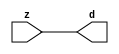

//------> ./rtl_mgc_ioport.v 
//------------------------------------------------------------------
//                M G C _ I O P O R T _ C O M P S
//------------------------------------------------------------------

//------------------------------------------------------------------
//                       M O D U L E S
//------------------------------------------------------------------

//------------------------------------------------------------------
//-- INPUT ENTITIES
//------------------------------------------------------------------

module mgc_in_wire (d, z);

  parameter integer rscid = 1;
  parameter integer width = 8;

  output [width-1:0] d;
  input  [width-1:0] z;

  wire   [width-1:0] d;

  assign d = z;

endmodule

//------------------------------------------------------------------

module mgc_in_wire_en (ld, d, lz, z);

  parameter integer rscid = 1;
  parameter integer width = 8;

  input              ld;
  output [width-1:0] d;
  output             lz;
  input  [width-1:0] z;

  wire   [width-1:0] d;
  wire               lz;

  assign d = z;
  assign lz = ld;

endmodule

//------------------------------------------------------------------

module mgc_in_wire_wait (ld, vd, d, lz, vz, z);

  parameter integer rscid = 1;
  parameter integer width = 8;

  input              ld;
  output             vd;
  output [width-1:0] d;
  output             lz;
  input              vz;
  input  [width-1:0] z;

  wire               vd;
  wire   [width-1:0] d;
  wire               lz;

  assign d = z;
  assign lz = ld;
  assign vd = vz;

endmodule
//------------------------------------------------------------------

module mgc_chan_in (ld, vd, d, lz, vz, z, size, req_size, sizez, sizelz);

  parameter integer rscid = 1;
  parameter integer width = 8;
  parameter integer sz_width = 8;

  input              ld;
  output             vd;
  output [width-1:0] d;
  output             lz;
  input              vz;
  input  [width-1:0] z;
  output [sz_width-1:0] size;
  input              req_size;
  input  [sz_width-1:0] sizez;
  output             sizelz;


  wire               vd;
  wire   [width-1:0] d;
  wire               lz;
  wire   [sz_width-1:0] size;
  wire               sizelz;

  assign d = z;
  assign lz = ld;
  assign vd = vz;
  assign size = sizez;
  assign sizelz = req_size;

endmodule


//------------------------------------------------------------------
//-- OUTPUT ENTITIES
//------------------------------------------------------------------

module mgc_out_stdreg (d, z);

  parameter integer rscid = 1;
  parameter integer width = 8;

  input    [width-1:0] d;
  output   [width-1:0] z;

  wire     [width-1:0] z;

  assign z = d;

endmodule

//------------------------------------------------------------------

module mgc_out_stdreg_en (ld, d, lz, z);

  parameter integer rscid = 1;
  parameter integer width = 8;

  input              ld;
  input  [width-1:0] d;
  output             lz;
  output [width-1:0] z;

  wire               lz;
  wire   [width-1:0] z;

  assign z = d;
  assign lz = ld;

endmodule

//------------------------------------------------------------------

module mgc_out_stdreg_wait (ld, vd, d, lz, vz, z);

  parameter integer rscid = 1;
  parameter integer width = 8;

  input              ld;
  output             vd;
  input  [width-1:0] d;
  output             lz;
  input              vz;
  output [width-1:0] z;

  wire               vd;
  wire               lz;
  wire   [width-1:0] z;

  assign z = d;
  assign lz = ld;
  assign vd = vz;

endmodule

//------------------------------------------------------------------

module mgc_out_prereg_en (ld, d, lz, z);

    parameter integer rscid = 1;
    parameter integer width = 8;

    input              ld;
    input  [width-1:0] d;
    output             lz;
    output [width-1:0] z;

    wire               lz;
    wire   [width-1:0] z;

    assign z = d;
    assign lz = ld;

endmodule

//------------------------------------------------------------------
//-- INOUT ENTITIES
//------------------------------------------------------------------

module mgc_inout_stdreg_en (ldin, din, ldout, dout, lzin, lzout, z);

    parameter integer rscid = 1;
    parameter integer width = 8;

    input              ldin;
    output [width-1:0] din;
    input              ldout;
    input  [width-1:0] dout;
    output             lzin;
    output             lzout;
    inout  [width-1:0] z;

    wire   [width-1:0] din;
    wire               lzin;
    wire               lzout;
    wire   [width-1:0] z;

    assign lzin = ldin;
    assign din = ldin ? z : {width{1'bz}};
    assign lzout = ldout;
    assign z = ldout ? dout : {width{1'bz}};

endmodule

//------------------------------------------------------------------
module hid_tribuf( I_SIG, ENABLE, O_SIG);
  parameter integer width = 8;

  input [width-1:0] I_SIG;
  input ENABLE;
  inout [width-1:0] O_SIG;

  assign O_SIG = (ENABLE) ? I_SIG : { width{1'bz}};

endmodule
//------------------------------------------------------------------

module mgc_inout_stdreg_wait (ldin, vdin, din, ldout, vdout, dout, lzin, vzin, lzout, vzout, z);

    parameter integer rscid = 1;
    parameter integer width = 8;

    input              ldin;
    output             vdin;
    output [width-1:0] din;
    input              ldout;
    output             vdout;
    input  [width-1:0] dout;
    output             lzin;
    input              vzin;
    output             lzout;
    input              vzout;
    inout  [width-1:0] z;

    wire               vdin;
    wire   [width-1:0] din;
    wire               vdout;
    wire               lzin;
    wire               lzout;
    wire   [width-1:0] z;
    wire   ldout_and_vzout;

    assign lzin = ldin;
    assign vdin = vzin;
    assign din = ldin ? z : {width{1'bz}};
    assign lzout = ldout;
    assign vdout = vzout ;
    assign ldout_and_vzout = ldout && vzout ;

    hid_tribuf #(width) tb( .I_SIG(dout),
                            .ENABLE(ldout_and_vzout),
                            .O_SIG(z) );

endmodule

//------------------------------------------------------------------

module mgc_inout_buf_wait (clk, en, arst, srst, ldin, vdin, din, ldout, vdout, dout, lzin, vzin, lzout, vzout, z);

    parameter integer rscid   = 0; // resource ID
    parameter integer width   = 8; // fifo width
    parameter         ph_clk  =  1'b1; // clock polarity 1=rising edge, 0=falling edge
    parameter         ph_en   =  1'b1; // clock enable polarity
    parameter         ph_arst =  1'b1; // async reset polarity
    parameter         ph_srst =  1'b1; // sync reset polarity

    input              clk;
    input              en;
    input              arst;
    input              srst;
    input              ldin;
    output             vdin;
    output [width-1:0] din;
    input              ldout;
    output             vdout;
    input  [width-1:0] dout;
    output             lzin;
    input              vzin;
    output             lzout;
    input              vzout;
    inout  [width-1:0] z;

    wire               lzout_buf;
    wire               vzout_buf;
    wire   [width-1:0] z_buf;
    wire               vdin;
    wire   [width-1:0] din;
    wire               vdout;
    wire               lzin;
    wire               lzout;
    wire   [width-1:0] z;

    assign lzin = ldin;
    assign vdin = vzin;
    assign din = ldin ? z : {width{1'bz}};
    assign lzout = lzout_buf & ~ldin;
    assign vzout_buf = vzout & ~ldin;
    hid_tribuf #(width) tb( .I_SIG(z_buf),
                            .ENABLE((lzout_buf && (!ldin) && vzout) ),
                            .O_SIG(z)  );

    mgc_out_buf_wait
    #(
        .rscid   (rscid),
        .width   (width),
        .ph_clk  (ph_clk),
        .ph_en   (ph_en),
        .ph_arst (ph_arst),
        .ph_srst (ph_srst)
    )
    BUFF
    (
        .clk     (clk),
        .en      (en),
        .arst    (arst),
        .srst    (srst),
        .ld      (ldout),
        .vd      (vdout),
        .d       (dout),
        .lz      (lzout_buf),
        .vz      (vzout_buf),
        .z       (z_buf)
    );


endmodule

module mgc_inout_fifo_wait (clk, en, arst, srst, ldin, vdin, din, ldout, vdout, dout, lzin, vzin, lzout, vzout, z);

    parameter integer rscid   = 0; // resource ID
    parameter integer width   = 8; // fifo width
    parameter integer fifo_sz = 8; // fifo depth
    parameter         ph_clk  = 1'b1;  // clock polarity 1=rising edge, 0=falling edge
    parameter         ph_en   = 1'b1;  // clock enable polarity
    parameter         ph_arst = 1'b1;  // async reset polarity
    parameter         ph_srst = 1'b1;  // sync reset polarity
    parameter integer ph_log2 = 3;     // log2(fifo_sz)
    parameter integer pwropt  = 0;     // pwropt

    input              clk;
    input              en;
    input              arst;
    input              srst;
    input              ldin;
    output             vdin;
    output [width-1:0] din;
    input              ldout;
    output             vdout;
    input  [width-1:0] dout;
    output             lzin;
    input              vzin;
    output             lzout;
    input              vzout;
    inout  [width-1:0] z;

    wire               lzout_buf;
    wire               vzout_buf;
    wire   [width-1:0] z_buf;
    wire               comb;
    wire               vdin;
    wire   [width-1:0] din;
    wire               vdout;
    wire               lzin;
    wire               lzout;
    wire   [width-1:0] z;

    assign lzin = ldin;
    assign vdin = vzin;
    assign din = ldin ? z : {width{1'bz}};
    assign lzout = lzout_buf & ~ldin;
    assign vzout_buf = vzout & ~ldin;
    assign comb = (lzout_buf && (!ldin) && vzout);

    hid_tribuf #(width) tb2( .I_SIG(z_buf), .ENABLE(comb), .O_SIG(z)  );

    mgc_out_fifo_wait
    #(
        .rscid   (rscid),
        .width   (width),
        .fifo_sz (fifo_sz),
        .ph_clk  (ph_clk),
        .ph_en   (ph_en),
        .ph_arst (ph_arst),
        .ph_srst (ph_srst),
        .ph_log2 (ph_log2),
        .pwropt  (pwropt)
    )
    FIFO
    (
        .clk   (clk),
        .en      (en),
        .arst    (arst),
        .srst    (srst),
        .ld      (ldout),
        .vd      (vdout),
        .d       (dout),
        .lz      (lzout_buf),
        .vz      (vzout_buf),
        .z       (z_buf)
    );

endmodule

//------------------------------------------------------------------
//-- I/O SYNCHRONIZATION ENTITIES
//------------------------------------------------------------------

module mgc_io_sync (ld, lz);

    input  ld;
    output lz;

    assign lz = ld;

endmodule

module mgc_bsync_rdy (rd, rz);

    parameter integer rscid   = 0; // resource ID
    parameter ready = 1;
    parameter valid = 0;

    input  rd;
    output rz;

    wire   rz;

    assign rz = rd;

endmodule

module mgc_bsync_vld (vd, vz);

    parameter integer rscid   = 0; // resource ID
    parameter ready = 0;
    parameter valid = 1;

    output vd;
    input  vz;

    wire   vd;

    assign vd = vz;

endmodule

module mgc_bsync_rv (rd, vd, rz, vz);

    parameter integer rscid   = 0; // resource ID
    parameter ready = 1;
    parameter valid = 1;

    input  rd;
    output vd;
    output rz;
    input  vz;

    wire   vd;
    wire   rz;

    assign rz = rd;
    assign vd = vz;

endmodule

//------------------------------------------------------------------

module mgc_sync (ldin, vdin, ldout, vdout);

  input  ldin;
  output vdin;
  input  ldout;
  output vdout;

  wire   vdin;
  wire   vdout;

  assign vdin = ldout;
  assign vdout = ldin;

endmodule

///////////////////////////////////////////////////////////////////////////////
// dummy function used to preserve funccalls for modulario
// it looks like a memory read to the caller
///////////////////////////////////////////////////////////////////////////////
module funccall_inout (d, ad, bd, z, az, bz);

  parameter integer ram_id = 1;
  parameter integer width = 8;
  parameter integer addr_width = 8;

  output [width-1:0]       d;
  input  [addr_width-1:0]  ad;
  input                    bd;
  input  [width-1:0]       z;
  output [addr_width-1:0]  az;
  output                   bz;

  wire   [width-1:0]       d;
  wire   [addr_width-1:0]  az;
  wire                     bz;

  assign d  = z;
  assign az = ad;
  assign bz = bd;

endmodule


///////////////////////////////////////////////////////////////////////////////
// inlinable modular io not otherwise found in mgc_ioport
///////////////////////////////////////////////////////////////////////////////

module modulario_en_in (vd, d, vz, z);

  parameter integer rscid = 1;
  parameter integer width = 8;

  output             vd;
  output [width-1:0] d;
  input              vz;
  input  [width-1:0] z;

  wire   [width-1:0] d;
  wire               vd;

  assign d = z;
  assign vd = vz;

endmodule

//------> ./rtl_mgc_ioport_v2001.v 
//------------------------------------------------------------------

module mgc_out_reg_pos (clk, en, arst, srst, ld, d, lz, z);

    parameter integer rscid   = 1;
    parameter integer width   = 8;
    parameter         ph_en   =  1'b1;
    parameter         ph_arst =  1'b1;
    parameter         ph_srst =  1'b1;

    input              clk;
    input              en;
    input              arst;
    input              srst;
    input              ld;
    input  [width-1:0] d;
    output             lz;
    output [width-1:0] z;

    reg                lz;
    reg    [width-1:0] z;

    generate
    if (ph_arst == 1'b0)
    begin: NEG_ARST
        always @(posedge clk or negedge arst)
        if (arst == 1'b0)
        begin: B1
            lz <= 1'b0;
            z  <= {width{1'b0}};
        end
        else if (srst == ph_srst)
        begin: B2
            lz <= 1'b0;
            z  <= {width{1'b0}};
        end
        else if (en == ph_en)
        begin: B3
            lz <= ld;
            z  <= (ld) ? d : z;
        end
    end
    else
    begin: POS_ARST
        always @(posedge clk or posedge arst)
        if (arst == 1'b1)
        begin: B1
            lz <= 1'b0;
            z  <= {width{1'b0}};
        end
        else if (srst == ph_srst)
        begin: B2
            lz <= 1'b0;
            z  <= {width{1'b0}};
        end
        else if (en == ph_en)
        begin: B3
            lz <= ld;
            z  <= (ld) ? d : z;
        end
    end
    endgenerate

endmodule

//------------------------------------------------------------------

module mgc_out_reg_neg (clk, en, arst, srst, ld, d, lz, z);

    parameter integer rscid   = 1;
    parameter integer width   = 8;
    parameter         ph_en   =  1'b1;
    parameter         ph_arst =  1'b1;
    parameter         ph_srst =  1'b1;

    input              clk;
    input              en;
    input              arst;
    input              srst;
    input              ld;
    input  [width-1:0] d;
    output             lz;
    output [width-1:0] z;

    reg                lz;
    reg    [width-1:0] z;

    generate
    if (ph_arst == 1'b0)
    begin: NEG_ARST
        always @(negedge clk or negedge arst)
        if (arst == 1'b0)
        begin: B1
            lz <= 1'b0;
            z  <= {width{1'b0}};
        end
        else if (srst == ph_srst)
        begin: B2
            lz <= 1'b0;
            z  <= {width{1'b0}};
        end
        else if (en == ph_en)
        begin: B3
            lz <= ld;
            z  <= (ld) ? d : z;
        end
    end
    else
    begin: POS_ARST
        always @(negedge clk or posedge arst)
        if (arst == 1'b1)
        begin: B1
            lz <= 1'b0;
            z  <= {width{1'b0}};
        end
        else if (srst == ph_srst)
        begin: B2
            lz <= 1'b0;
            z  <= {width{1'b0}};
        end
        else if (en == ph_en)
        begin: B3
            lz <= ld;
            z  <= (ld) ? d : z;
        end
    end
    endgenerate

endmodule

//------------------------------------------------------------------

module mgc_out_reg (clk, en, arst, srst, ld, d, lz, z); // Not Supported

    parameter integer rscid   = 1;
    parameter integer width   = 8;
    parameter         ph_clk  =  1'b1;
    parameter         ph_en   =  1'b1;
    parameter         ph_arst =  1'b1;
    parameter         ph_srst =  1'b1;

    input              clk;
    input              en;
    input              arst;
    input              srst;
    input              ld;
    input  [width-1:0] d;
    output             lz;
    output [width-1:0] z;


    generate
    if (ph_clk == 1'b0)
    begin: NEG_EDGE

        mgc_out_reg_neg
        #(
            .rscid   (rscid),
            .width   (width),
            .ph_en   (ph_en),
            .ph_arst (ph_arst),
            .ph_srst (ph_srst)
        )
        mgc_out_reg_neg_inst
        (
            .clk     (clk),
            .en      (en),
            .arst    (arst),
            .srst    (srst),
            .ld      (ld),
            .d       (d),
            .lz      (lz),
            .z       (z)
        );

    end
    else
    begin: POS_EDGE

        mgc_out_reg_pos
        #(
            .rscid   (rscid),
            .width   (width),
            .ph_en   (ph_en),
            .ph_arst (ph_arst),
            .ph_srst (ph_srst)
        )
        mgc_out_reg_pos_inst
        (
            .clk     (clk),
            .en      (en),
            .arst    (arst),
            .srst    (srst),
            .ld      (ld),
            .d       (d),
            .lz      (lz),
            .z       (z)
        );

    end
    endgenerate

endmodule




//------------------------------------------------------------------

module mgc_out_buf_wait (clk, en, arst, srst, ld, vd, d, vz, lz, z); // Not supported

    parameter integer rscid   = 1;
    parameter integer width   = 8;
    parameter         ph_clk  =  1'b1;
    parameter         ph_en   =  1'b1;
    parameter         ph_arst =  1'b1;
    parameter         ph_srst =  1'b1;

    input              clk;
    input              en;
    input              arst;
    input              srst;
    input              ld;
    output             vd;
    input  [width-1:0] d;
    output             lz;
    input              vz;
    output [width-1:0] z;

    wire               filled;
    wire               filled_next;
    wire   [width-1:0] abuf;
    wire               lbuf;


    assign filled_next = (filled & (~vz)) | (filled & ld) | (ld & (~vz));

    assign lbuf = ld & ~(filled ^ vz);

    assign vd = vz | ~filled;

    assign lz = ld | filled;

    assign z = (filled) ? abuf : d;

    wire dummy;
    wire dummy_bufreg_lz;

    // Output registers:
    mgc_out_reg
    #(
        .rscid   (rscid),
        .width   (1'b1),
        .ph_clk  (ph_clk),
        .ph_en   (ph_en),
        .ph_arst (ph_arst),
        .ph_srst (ph_srst)
    )
    STATREG
    (
        .clk     (clk),
        .en      (en),
        .arst    (arst),
        .srst    (srst),
        .ld      (filled_next),
        .d       (1'b0),       // input d is unused
        .lz      (filled),
        .z       (dummy)            // output z is unused
    );

    mgc_out_reg
    #(
        .rscid   (rscid),
        .width   (width),
        .ph_clk  (ph_clk),
        .ph_en   (ph_en),
        .ph_arst (ph_arst),
        .ph_srst (ph_srst)
    )
    BUFREG
    (
        .clk     (clk),
        .en      (en),
        .arst    (arst),
        .srst    (srst),
        .ld      (lbuf),
        .d       (d),
        .lz      (dummy_bufreg_lz),
        .z       (abuf)
    );

endmodule

//------------------------------------------------------------------

module mgc_out_fifo_wait (clk, en, arst, srst, ld, vd, d, lz, vz,  z);

    parameter integer rscid   = 0; // resource ID
    parameter integer width   = 8; // fifo width
    parameter integer fifo_sz = 8; // fifo depth
    parameter         ph_clk  = 1'b1; // clock polarity 1=rising edge, 0=falling edge
    parameter         ph_en   = 1'b1; // clock enable polarity
    parameter         ph_arst = 1'b1; // async reset polarity
    parameter         ph_srst = 1'b1; // sync reset polarity
    parameter integer ph_log2 = 3; // log2(fifo_sz)
    parameter integer pwropt  = 0; // pwropt


    input                 clk;
    input                 en;
    input                 arst;
    input                 srst;
    input                 ld;    // load data
    output                vd;    // fifo full active low
    input     [width-1:0] d;
    output                lz;    // fifo ready to send
    input                 vz;    // dest ready for data
    output    [width-1:0] z;

    wire    [31:0]      size;


      // Output registers:
 mgc_out_fifo_wait_core#(
        .rscid   (rscid),
        .width   (width),
        .sz_width (32),
        .fifo_sz (fifo_sz),
        .ph_clk  (ph_clk),
        .ph_en   (ph_en),
        .ph_arst (ph_arst),
        .ph_srst (ph_srst),
        .ph_log2 (ph_log2),
        .pwropt  (pwropt)
        ) CORE (
        .clk (clk),
        .en (en),
        .arst (arst),
        .srst (srst),
        .ld (ld),
        .vd (vd),
        .d (d),
        .lz (lz),
        .vz (vz),
        .z (z),
        .size (size)
        );

endmodule



module mgc_out_fifo_wait_core (clk, en, arst, srst, ld, vd, d, lz, vz,  z, size);

    parameter integer rscid   = 0; // resource ID
    parameter integer width   = 8; // fifo width
    parameter integer sz_width = 8; // size of port for elements in fifo
    parameter integer fifo_sz = 8; // fifo depth
    parameter         ph_clk  =  1'b1; // clock polarity 1=rising edge, 0=falling edge
    parameter         ph_en   =  1'b1; // clock enable polarity
    parameter         ph_arst =  1'b1; // async reset polarity
    parameter         ph_srst =  1'b1; // sync reset polarity
    parameter integer ph_log2 = 3; // log2(fifo_sz)
    parameter integer pwropt  = 0; // pwropt

   localparam integer  fifo_b = width * fifo_sz;

    input                 clk;
    input                 en;
    input                 arst;
    input                 srst;
    input                 ld;    // load data
    output                vd;    // fifo full active low
    input     [width-1:0] d;
    output                lz;    // fifo ready to send
    input                 vz;    // dest ready for data
    output    [width-1:0] z;
    output    [sz_width-1:0]      size;

    reg      [( (fifo_sz > 0) ? fifo_sz : 1)-1:0] stat_pre;
    wire     [( (fifo_sz > 0) ? fifo_sz : 1)-1:0] stat;
    reg      [( (fifo_b > 0) ? fifo_b : 1)-1:0] buff_pre;
    wire     [( (fifo_b > 0) ? fifo_b : 1)-1:0] buff;
    reg      [( (fifo_sz > 0) ? fifo_sz : 1)-1:0] en_l;
    reg      [(((fifo_sz > 0) ? fifo_sz : 1)-1)/8:0] en_l_s;

    reg       [width-1:0] buff_nxt;

    reg                   stat_nxt;
    reg                   stat_before;
    reg                   stat_after;
    reg                   en_l_var;

    integer               i;
    genvar                eni;

    wire [32:0]           size_t;
    reg [31:0]            count;
    reg [31:0]            count_t;
    reg [32:0]            n_elem;
// pragma translate_off
    reg [31:0]            peak;
// pragma translate_on

    wire [( (fifo_sz > 0) ? fifo_sz : 1)-1:0] dummy_statreg_lz;
    wire [( (fifo_b > 0) ? fifo_b : 1)-1:0] dummy_bufreg_lz;

    generate
    if ( fifo_sz > 0 )
    begin: FIFO_REG
      assign vd = vz | ~stat[0];
      assign lz = ld | stat[fifo_sz-1];
      assign size_t = (count - (vz && stat[fifo_sz-1])) + ld;
      assign size = size_t[sz_width-1:0];
      assign z = (stat[fifo_sz-1]) ? buff[fifo_b-1:width*(fifo_sz-1)] : d;

      always @(*)
      begin: FIFOPROC
        n_elem = 33'b0;
        for (i = fifo_sz-1; i >= 0; i = i - 1)
        begin
          if (i != 0)
            stat_before = stat[i-1];
          else
            stat_before = 1'b0;

          if (i != (fifo_sz-1))
            stat_after = stat[i+1];
          else
            stat_after = 1'b1;

          stat_nxt = stat_after &
                    (stat_before | (stat[i] & (~vz)) | (stat[i] & ld) | (ld & (~vz)));

          stat_pre[i] = stat_nxt;
          en_l_var = 1'b1;
          if (!stat_nxt)
            begin
              buff_nxt = {width{1'b0}};
              en_l_var = 1'b0;
            end
          else if (vz && stat_before)
            buff_nxt[0+:width] = buff[width*(i-1)+:width];
          else if (ld && !((vz && stat_before) || ((!vz) && stat[i])))
            buff_nxt = d;
          else
            begin
              if (pwropt == 0)
                buff_nxt[0+:width] = buff[width*i+:width];
              else
                buff_nxt = {width{1'b0}};
              en_l_var = 1'b0;
            end

          if (ph_en != 0)
            en_l[i] = en & en_l_var;
          else
            en_l[i] = en | ~en_l_var;

          buff_pre[width*i+:width] = buff_nxt[0+:width];

          if ((stat_after == 1'b1) && (stat[i] == 1'b0))
            n_elem = ($unsigned(fifo_sz) - 1) - i;
        end

        if (ph_en != 0)
          en_l_s[(((fifo_sz > 0) ? fifo_sz : 1)-1)/8] = 1'b1;
        else
          en_l_s[(((fifo_sz > 0) ? fifo_sz : 1)-1)/8] = 1'b0;

        for (i = fifo_sz-1; i >= 7; i = i - 1)
        begin
          if ((i%'d2) == 0)
          begin
            if (ph_en != 0)
              en_l_s[(i/8)-1] = en & (stat[i]|stat_pre[i-1]);
            else
              en_l_s[(i/8)-1] = en | ~(stat[i]|stat_pre[i-1]);
          end
        end

        if ( stat[fifo_sz-1] == 1'b0 )
          count_t = 32'b0;
        else if ( stat[0] == 1'b1 )
          count_t = { {(32-ph_log2){1'b0}}, fifo_sz};
        else
          count_t = n_elem[31:0];
        count = count_t;
// pragma translate_off
        if ( peak < count )
          peak = count;
// pragma translate_on
      end

      if (pwropt == 0)
      begin: NOCGFIFO
        // Output registers:
        mgc_out_reg
        #(
            .rscid   (rscid),
            .width   (fifo_sz),
            .ph_clk  (ph_clk),
            .ph_en   (ph_en),
            .ph_arst (ph_arst),
            .ph_srst (ph_srst)
        )
        STATREG
        (
            .clk     (clk),
            .en      (en),
            .arst    (arst),
            .srst    (srst),
            .ld      (1'b1),
            .d       (stat_pre),
            .lz      (dummy_statreg_lz[0]),
            .z       (stat)
        );
        mgc_out_reg
        #(
            .rscid   (rscid),
            .width   (fifo_b),
            .ph_clk  (ph_clk),
            .ph_en   (ph_en),
            .ph_arst (ph_arst),
            .ph_srst (ph_srst)
        )
        BUFREG
        (
            .clk     (clk),
            .en      (en),
            .arst    (arst),
            .srst    (srst),
            .ld      (1'b1),
            .d       (buff_pre),
            .lz      (dummy_bufreg_lz[0]),
            .z       (buff)
        );
      end
      else
      begin: CGFIFO
        // Output registers:
        if ( pwropt > 1)
        begin: CGSTATFIFO2
          for (eni = fifo_sz-1; eni >= 0; eni = eni - 1)
          begin: pwroptGEN1
            mgc_out_reg
            #(
              .rscid   (rscid),
              .width   (1),
              .ph_clk  (ph_clk),
              .ph_en   (ph_en),
              .ph_arst (ph_arst),
              .ph_srst (ph_srst)
            )
            STATREG
            (
              .clk     (clk),
              .en      (en_l_s[eni/8]),
              .arst    (arst),
              .srst    (srst),
              .ld      (1'b1),
              .d       (stat_pre[eni]),
              .lz      (dummy_statreg_lz[eni]),
              .z       (stat[eni])
            );
          end
        end
        else
        begin: CGSTATFIFO
          mgc_out_reg
          #(
            .rscid   (rscid),
            .width   (fifo_sz),
            .ph_clk  (ph_clk),
            .ph_en   (ph_en),
            .ph_arst (ph_arst),
            .ph_srst (ph_srst)
          )
          STATREG
          (
            .clk     (clk),
            .en      (en),
            .arst    (arst),
            .srst    (srst),
            .ld      (1'b1),
            .d       (stat_pre),
            .lz      (dummy_statreg_lz[0]),
            .z       (stat)
          );
        end
        for (eni = fifo_sz-1; eni >= 0; eni = eni - 1)
        begin: pwroptGEN2
          mgc_out_reg
          #(
            .rscid   (rscid),
            .width   (width),
            .ph_clk  (ph_clk),
            .ph_en   (ph_en),
            .ph_arst (ph_arst),
            .ph_srst (ph_srst)
          )
          BUFREG
          (
            .clk     (clk),
            .en      (en_l[eni]),
            .arst    (arst),
            .srst    (srst),
            .ld      (1'b1),
            .d       (buff_pre[width*eni+:width]),
            .lz      (dummy_bufreg_lz[eni]),
            .z       (buff[width*eni+:width])
          );
        end
      end
    end
    else
    begin: FEED_THRU
      assign vd = vz;
      assign lz = ld;
      assign z = d;
      assign size = ld && !vz;
    end
    endgenerate

endmodule

//------------------------------------------------------------------
//-- PIPE ENTITIES
//------------------------------------------------------------------
/*
 *
 *             _______________________________________________
 * WRITER    |                                               |          READER
 *           |           MGC_PIPE                            |
 *           |           __________________________          |
 *        --<| vdout  --<| vd ---------------  vz<|-----ldin<|---
 *           |           |      FIFO              |          |
 *        ---|>ldout  ---|>ld ---------------- lz |> ---vdin |>--
 *        ---|>dout -----|>d  ---------------- dz |> ----din |>--
 *           |           |________________________|          |
 *           |_______________________________________________|
 */
// two clock pipe
module mgc_pipe (clk, en, arst, srst, ldin, vdin, din, ldout, vdout, dout, size, req_size);

    parameter integer rscid   = 0; // resource ID
    parameter integer width   = 8; // fifo width
    parameter integer sz_width = 8; // width of size of elements in fifo
    parameter integer fifo_sz = 8; // fifo depth
    parameter integer log2_sz = 3; // log2(fifo_sz)
    parameter         ph_clk  = 1'b1;  // clock polarity 1=rising edge, 0=falling edge
    parameter         ph_en   = 1'b1;  // clock enable polarity
    parameter         ph_arst = 1'b1;  // async reset polarity
    parameter         ph_srst = 1'b1;  // sync reset polarity
    parameter integer pwropt  = 0; // pwropt

    input              clk;
    input              en;
    input              arst;
    input              srst;
    input              ldin;
    output             vdin;
    output [width-1:0] din;
    input              ldout;
    output             vdout;
    input  [width-1:0] dout;
    output [sz_width-1:0]      size;
    input              req_size;


    mgc_out_fifo_wait_core
    #(
        .rscid    (rscid),
        .width    (width),
        .sz_width (sz_width),
        .fifo_sz  (fifo_sz),
        .ph_clk   (ph_clk),
        .ph_en    (ph_en),
        .ph_arst  (ph_arst),
        .ph_srst  (ph_srst),
        .ph_log2  (log2_sz),
        .pwropt   (pwropt)
    )
    FIFO
    (
        .clk     (clk),
        .en      (en),
        .arst    (arst),
        .srst    (srst),
        .ld      (ldout),
        .vd      (vdout),
        .d       (dout),
        .lz      (vdin),
        .vz      (ldin),
        .z       (din),
        .size    (size)
    );

endmodule


//------> ./rtl.v 
// ----------------------------------------------------------------------
//  HLS HDL:        Verilog Netlister
//  HLS Version:    2011a.126 Production Release
//  HLS Date:       Wed Aug  8 00:52:07 PDT 2012
// 
//  Generated by:   gsp14@EEWS305-036
//  Generated date: Sat May 07 13:53:15 2016
// ----------------------------------------------------------------------

// 
// ------------------------------------------------------------------
//  Design Unit:    gauss_blur_core
// ------------------------------------------------------------------


module gauss_blur_core (
  vin, vga_xy, clk, en, arst_n, vout_rsc_mgc_out_stdreg_d, volume_rsc_mgc_out_stdreg_d
);
  input [89:0] vin;
  input [19:0] vga_xy;
  input clk;
  input en;
  input arst_n;
  output [29:0] vout_rsc_mgc_out_stdreg_d;
  reg [29:0] vout_rsc_mgc_out_stdreg_d;
  output [3:0] volume_rsc_mgc_out_stdreg_d;
  reg [3:0] volume_rsc_mgc_out_stdreg_d;


  // Interconnect Declarations
  wire or_dcpl_3;
  reg [25:0] regs_regs_0_sg1_sva;
  reg [3:0] acc_13_1_sva;
  reg [9:0] blue_xy_0_sva;
  reg [9:0] blue_xy_1_sva;
  reg [3:0] volume_previous_sva;
  reg land_11_lpi_1_dfm_1;
  reg [3:0] volume_current_sva_1;
  reg [4:0] acc_11_cse_sva_1;
  reg [1:0] or_4_itm_1;
  reg [3:0] or_3_itm_1;
  reg [9:0] regs_regs_slc_regs_regs_2_sg1_itm_1;
  reg [1:0] or_5_itm_1;
  reg [3:0] or_6_itm_1;
  reg [3:0] or_7_itm_1;
  reg main_stage_0_2;
  reg main_stage_0_3;
  wire [3:0] acc_13_1_sva_dfm_1_mx0;
  wire [9:0] blue_xy_1_sva_dfm_2_mx0;
  wire [25:0] regs_regs_1_sg1_sva_mx0;
  wire [9:0] blue_xy_1_sva_dfm;
  wire [9:0] blue_xy_0_sva_dfm;
  reg reg_deltay_square_blue_acc_psp_sva_tmp;
  wire or_15_cse;
  wire and_6_cse;
  wire [11:0] deltay_square_blue_acc_1_itm;
  wire [12:0] nl_deltay_square_blue_acc_1_itm;
  wire [10:0] aif_45_acc_itm;
  wire [11:0] nl_aif_45_acc_itm;
  wire [11:0] deltax_square_blue_acc_1_itm;
  wire [12:0] nl_deltax_square_blue_acc_1_itm;
  wire [25:0] regs_regs_0_sg1_sva_mx0;
  wire [3:0] volume_previous_sva_mx0;
  wire [3:0] volume_current_sva;
  wire [4:0] nl_volume_current_sva;
  wire land_11_lpi_1_dfm;
  wire [3:0] acc_13_1_sva_dfm;
  wire [9:0] blue_xy_0_sva_dfm_2_mx0;
  wire [3:0] if_3_acc_svs;
  wire [4:0] nl_if_3_acc_svs;
  wire [3:0] if_3_acc_1_psp_sva;
  wire [4:0] nl_if_3_acc_1_psp_sva;
  wire [5:0] acc_imod_sva;
  wire [6:0] nl_acc_imod_sva;
  wire land_13_lpi_1_dfm;
  wire [6:0] conc_imod_sg1_sva;
  wire [8:0] nl_conc_imod_sg1_sva;
  wire [5:0] conc_imod_1_sg1_sva;
  wire [6:0] nl_conc_imod_1_sg1_sva;
  wire [10:0] acc_9_psp_sva;
  wire [11:0] nl_acc_9_psp_sva;
  wire mux_11_itm;
  wire nand_itm;


  // Interconnect Declarations for Component Instantiations 
  assign and_6_cse = (~ or_15_cse) & main_stage_0_2;
  assign regs_regs_0_sg1_sva_mx0 = MUX_v_26_2_2({regs_regs_0_sg1_sva , (vin[29:4])},
      main_stage_0_3);
  assign regs_regs_1_sg1_sva_mx0 = regs_regs_0_sg1_sva_mx0 & ({{25{main_stage_0_2}},
      main_stage_0_2});
  assign or_15_cse = (readslicef_5_1_4((conv_s2u_4_5(acc_11_cse_sva_1[4:1]) + 5'b1)))
      | (readslicef_6_1_5((conv_s2s_5_6(~ acc_11_cse_sva_1) + 6'b11)));
  assign volume_previous_sva_mx0 = MUX_v_4_2_2({volume_previous_sva , volume_current_sva_1},
      and_6_cse);
  assign nl_volume_current_sva = conv_s2u_3_4(readslicef_4_3_1((conv_u2s_3_4({(readslicef_3_2_1((conv_u2u_2_3({(conc_imod_sg1_sva[5])
      , 1'b1}) + conv_u2u_2_3({(~ (conc_imod_sg1_sva[6])) , (~((conc_imod_1_sg1_sva[5])
      & (~ (acc_9_psp_sva[10]))))})))) , 1'b1}) + conv_s2s_3_4({1'b1 , (acc_9_psp_sva[7])
      , ((acc_9_psp_sva[10]) & (~ (conc_imod_1_sg1_sva[5])) & ((conc_imod_1_sg1_sva[4])
      | (conc_imod_1_sg1_sva[3]) | (conc_imod_1_sg1_sva[2]) | (conc_imod_1_sg1_sva[1])
      | (conc_imod_1_sg1_sva[0]) | (acc_9_psp_sva[1]) | (acc_9_psp_sva[0])))}))))
      + conv_s2u_3_4(acc_9_psp_sva[10:8]);
  assign volume_current_sva = nl_volume_current_sva[3:0];
  assign land_11_lpi_1_dfm = ~((readslicef_11_1_10((({1'b1 , (~ (vga_xy[19:10]))})
      + 11'b101001))) | (readslicef_11_1_10((({1'b1 , (~ (vga_xy[9:0]))}) + 11'b101001))));
  assign acc_13_1_sva_dfm_1_mx0 = MUX_v_4_2_2({(acc_13_1_sva_dfm + 4'b1) , acc_13_1_sva_dfm},
      (readslicef_11_1_10((({1'b1 , (~ (regs_regs_1_sg1_sva_mx0[19:10]))}) + 11'b101000001)))
      | (readslicef_8_1_7((conv_u2u_7_8(regs_regs_1_sg1_sva_mx0[9:3]) + 8'b11010011)))
      | (readslicef_10_1_9(((~ (regs_regs_1_sg1_sva_mx0[9:0])) + 10'b1011010001))));
  assign acc_13_1_sva_dfm = acc_13_1_sva & (signext_4_1((if_3_acc_svs[3]) | (if_3_acc_svs[2])
      | (if_3_acc_svs[1]) | (if_3_acc_svs[0])));
  assign blue_xy_1_sva_dfm_2_mx0 = MUX_v_10_2_2({(vga_xy[19:10]) , blue_xy_1_sva_dfm},
      or_dcpl_3);
  assign blue_xy_0_sva_dfm_2_mx0 = MUX_v_10_2_2({(vga_xy[9:0]) , blue_xy_0_sva_dfm},
      or_dcpl_3);
  assign blue_xy_1_sva_dfm = blue_xy_1_sva & ({{9{nand_itm}}, nand_itm});
  assign blue_xy_0_sva_dfm = blue_xy_0_sva & ({{9{nand_itm}}, nand_itm});
  assign nl_deltay_square_blue_acc_1_itm = ({1'b1 , (vga_xy[19:10]) , 1'b1}) + conv_u2s_11_12({(~
      blue_xy_1_sva_dfm_2_mx0) , 1'b1});
  assign deltay_square_blue_acc_1_itm = nl_deltay_square_blue_acc_1_itm[11:0];
  assign mux_11_itm = MUX_s_1_2_2({(deltay_square_blue_acc_1_itm[11]) , reg_deltay_square_blue_acc_psp_sva_tmp},
      (deltax_square_blue_acc_1_itm[11]) | (aif_45_acc_itm[10]));
  assign nl_aif_45_acc_itm = ({1'b1 , (~ (deltax_square_blue_acc_1_itm[10:1]))})
      + 11'b101001;
  assign aif_45_acc_itm = nl_aif_45_acc_itm[10:0];
  assign nl_deltax_square_blue_acc_1_itm = ({1'b1 , (vga_xy[9:0]) , 1'b1}) + conv_u2s_11_12({(~
      blue_xy_0_sva_dfm_2_mx0) , 1'b1});
  assign deltax_square_blue_acc_1_itm = nl_deltax_square_blue_acc_1_itm[11:0];
  assign nl_if_3_acc_svs = conv_s2u_1_4(if_3_acc_1_psp_sva[3]) + if_3_acc_1_psp_sva;
  assign if_3_acc_svs = nl_if_3_acc_svs[3:0];
  assign nl_if_3_acc_1_psp_sva = (readslicef_5_4_1((({(~ (acc_imod_sva[3])) , 4'b1})
      + conv_s2u_3_5(acc_imod_sva[5:3])))) + ({1'b1 , (acc_imod_sva[2:0])});
  assign if_3_acc_1_psp_sva = nl_if_3_acc_1_psp_sva[3:0];
  assign nl_acc_imod_sva = conv_s2s_5_6(({3'b100 , (vga_xy[9:8])}) + conv_u2s_4_5(readslicef_5_4_1((conv_u2u_4_5({(vga_xy[2:0])
      , 1'b1}) + conv_u2u_4_5(vga_xy[6:3]))))) + conv_u2s_5_6({(conv_u2u_1_2(~ (vga_xy[3]))
      + conv_u2u_1_2(~ (vga_xy[7]))) , 2'b0 , (readslicef_2_1_1((conv_u2u_1_2(vga_xy[7])
      + 2'b1)))});
  assign acc_imod_sva = nl_acc_imod_sva[5:0];
  assign land_13_lpi_1_dfm = ~((readslicef_11_1_10((({1'b1 , (~ (deltay_square_blue_acc_1_itm[10:1]))})
      + 11'b101001))) | mux_11_itm | (aif_45_acc_itm[10]) | (deltax_square_blue_acc_1_itm[11]));
  assign nl_conc_imod_sg1_sva = (conv_u2s_6_7({(conv_u2u_2_3(acc_9_psp_sva[9:8])
      + conv_u2u_2_3({(acc_9_psp_sva[10]) , (acc_9_psp_sva[10])})) , (acc_9_psp_sva[10:8])})
      + conv_s2s_6_7({(acc_9_psp_sva[7]) , 1'b0 , (acc_9_psp_sva[7]) , 2'b0 , (acc_9_psp_sva[7])}))
      + ({(acc_9_psp_sva[10]) , 1'b0 , (acc_9_psp_sva[6:2])});
  assign conc_imod_sg1_sva = nl_conc_imod_sg1_sva[6:0];
  assign nl_conc_imod_1_sg1_sva = (readslicef_7_6_1((conv_s2s_6_7({1'b1 , (~ (conc_imod_sg1_sva[6]))
      , 2'b11 , (~ (conc_imod_sg1_sva[6])) , 1'b1}) + conv_u2s_6_7({(conc_imod_sg1_sva[4:0])
      , 1'b1})))) + ({(conc_imod_sg1_sva[5]) , 1'b0 , (conc_imod_sg1_sva[5]) , 2'b0
      , (conc_imod_sg1_sva[5])});
  assign conc_imod_1_sg1_sva = nl_conc_imod_1_sg1_sva[5:0];
  assign nl_acc_9_psp_sva = conv_u2s_10_11(~ blue_xy_1_sva_dfm_2_mx0) + 11'b11111000001;
  assign acc_9_psp_sva = nl_acc_9_psp_sva[10:0];
  assign nand_itm = ~((~((vga_xy[9]) | (vga_xy[8]) | (vga_xy[7]) | (vga_xy[6]) |
      (vga_xy[5]) | (vga_xy[4]) | (vga_xy[3]) | (vga_xy[2]) | (vga_xy[1]) | (vga_xy[0])))
      & (~((vga_xy[19]) | (vga_xy[18]) | (vga_xy[17]) | (vga_xy[16]) | (vga_xy[15])
      | (vga_xy[14]) | (vga_xy[13]) | (vga_xy[12]) | (vga_xy[11]) | (vga_xy[10]))));
  assign or_dcpl_3 = (~ (readslicef_5_1_4((({1'b1 , (~ acc_13_1_sva_dfm_1_mx0)})
      + 5'b101)))) | (blue_xy_1_sva_dfm[9]) | (blue_xy_1_sva_dfm[8]) | (blue_xy_1_sva_dfm[7])
      | (blue_xy_1_sva_dfm[6]) | (blue_xy_1_sva_dfm[5]) | (blue_xy_1_sva_dfm[4])
      | (blue_xy_1_sva_dfm[3]) | (blue_xy_1_sva_dfm[2]) | (blue_xy_1_sva_dfm[1])
      | (blue_xy_1_sva_dfm[0]) | (blue_xy_0_sva_dfm[9]) | (blue_xy_0_sva_dfm[8])
      | (blue_xy_0_sva_dfm[7]) | (blue_xy_0_sva_dfm[6]) | (blue_xy_0_sva_dfm[5])
      | (blue_xy_0_sva_dfm[4]) | (blue_xy_0_sva_dfm[3]) | (blue_xy_0_sva_dfm[2])
      | (blue_xy_0_sva_dfm[1]) | (blue_xy_0_sva_dfm[0]);
  always @(posedge clk or negedge arst_n) begin
    if ( ~ arst_n ) begin
      regs_regs_0_sg1_sva <= 26'b0;
      vout_rsc_mgc_out_stdreg_d <= 30'b0;
      volume_rsc_mgc_out_stdreg_d <= 4'b0;
      volume_previous_sva <= 4'b0;
      volume_current_sva_1 <= 4'b0;
      acc_11_cse_sva_1 <= 5'b0;
      land_11_lpi_1_dfm_1 <= 1'b0;
      or_4_itm_1 <= 2'b0;
      or_3_itm_1 <= 4'b0;
      regs_regs_slc_regs_regs_2_sg1_itm_1 <= 10'b0;
      or_5_itm_1 <= 2'b0;
      or_6_itm_1 <= 4'b0;
      or_7_itm_1 <= 4'b0;
      blue_xy_1_sva <= 10'b0;
      blue_xy_0_sva <= 10'b0;
      acc_13_1_sva <= 4'b0;
      main_stage_0_2 <= 1'b0;
      main_stage_0_3 <= 1'b0;
      reg_deltay_square_blue_acc_psp_sva_tmp <= 1'b0;
    end
    else begin
      if ( en ) begin
        regs_regs_0_sg1_sva <= regs_regs_0_sg1_sva_mx0;
        vout_rsc_mgc_out_stdreg_d <= MUX_v_30_2_2({vout_rsc_mgc_out_stdreg_d , ({(signext_10_9({land_11_lpi_1_dfm_1
            , (signext_4_3({land_11_lpi_1_dfm_1 , or_4_itm_1})) , or_3_itm_1})) ,
            regs_regs_slc_regs_regs_2_sg1_itm_1 , or_5_itm_1 , or_6_itm_1 , or_7_itm_1})},
            main_stage_0_2);
        volume_rsc_mgc_out_stdreg_d <= MUX1HOT_v_4_3_2({volume_rsc_mgc_out_stdreg_d
            , volume_current_sva_1 , volume_previous_sva}, {(~ main_stage_0_2) ,
            and_6_cse , (or_15_cse & main_stage_0_2)});
        volume_previous_sva <= volume_previous_sva_mx0;
        volume_current_sva_1 <= volume_current_sva;
        acc_11_cse_sva_1 <= readslicef_6_5_1((({1'b1 , volume_current_sva , 1'b1})
            + conv_u2s_5_6({(~ volume_previous_sva_mx0) , 1'b1})));
        land_11_lpi_1_dfm_1 <= land_11_lpi_1_dfm;
        or_4_itm_1 <= (regs_regs_1_sg1_sva_mx0[25:24]) | ({{1{land_11_lpi_1_dfm}},
            land_11_lpi_1_dfm});
        or_3_itm_1 <= (regs_regs_1_sg1_sva_mx0[23:20]) | ({{3{land_11_lpi_1_dfm}},
            land_11_lpi_1_dfm});
        regs_regs_slc_regs_regs_2_sg1_itm_1 <= regs_regs_1_sg1_sva_mx0[19:10];
        or_5_itm_1 <= (regs_regs_1_sg1_sva_mx0[9:8]) | ({{1{land_13_lpi_1_dfm}},
            land_13_lpi_1_dfm});
        or_6_itm_1 <= (regs_regs_1_sg1_sva_mx0[7:4]) | ({{3{land_13_lpi_1_dfm}},
            land_13_lpi_1_dfm});
        or_7_itm_1 <= (regs_regs_1_sg1_sva_mx0[3:0]) | ({{3{land_13_lpi_1_dfm}},
            land_13_lpi_1_dfm});
        blue_xy_1_sva <= blue_xy_1_sva_dfm_2_mx0;
        blue_xy_0_sva <= blue_xy_0_sva_dfm_2_mx0;
        acc_13_1_sva <= acc_13_1_sva_dfm_1_mx0;
        main_stage_0_2 <= 1'b1;
        main_stage_0_3 <= main_stage_0_2;
        reg_deltay_square_blue_acc_psp_sva_tmp <= mux_11_itm;
      end
    end
  end

  function [25:0] MUX_v_26_2_2;
    input [51:0] inputs;
    input [0:0] sel;
    reg [25:0] result;
  begin
    case (sel)
      1'b0 : begin
        result = inputs[51:26];
      end
      1'b1 : begin
        result = inputs[25:0];
      end
      default : begin
        result = inputs[51:26];
      end
    endcase
    MUX_v_26_2_2 = result;
  end
  endfunction


  function [0:0] readslicef_5_1_4;
    input [4:0] vector;
    reg [4:0] tmp;
  begin
    tmp = vector >> 4;
    readslicef_5_1_4 = tmp[0:0];
  end
  endfunction


  function [0:0] readslicef_6_1_5;
    input [5:0] vector;
    reg [5:0] tmp;
  begin
    tmp = vector >> 5;
    readslicef_6_1_5 = tmp[0:0];
  end
  endfunction


  function [3:0] MUX_v_4_2_2;
    input [7:0] inputs;
    input [0:0] sel;
    reg [3:0] result;
  begin
    case (sel)
      1'b0 : begin
        result = inputs[7:4];
      end
      1'b1 : begin
        result = inputs[3:0];
      end
      default : begin
        result = inputs[7:4];
      end
    endcase
    MUX_v_4_2_2 = result;
  end
  endfunction


  function [2:0] readslicef_4_3_1;
    input [3:0] vector;
    reg [3:0] tmp;
  begin
    tmp = vector >> 1;
    readslicef_4_3_1 = tmp[2:0];
  end
  endfunction


  function [1:0] readslicef_3_2_1;
    input [2:0] vector;
    reg [2:0] tmp;
  begin
    tmp = vector >> 1;
    readslicef_3_2_1 = tmp[1:0];
  end
  endfunction


  function [0:0] readslicef_11_1_10;
    input [10:0] vector;
    reg [10:0] tmp;
  begin
    tmp = vector >> 10;
    readslicef_11_1_10 = tmp[0:0];
  end
  endfunction


  function [0:0] readslicef_8_1_7;
    input [7:0] vector;
    reg [7:0] tmp;
  begin
    tmp = vector >> 7;
    readslicef_8_1_7 = tmp[0:0];
  end
  endfunction


  function [0:0] readslicef_10_1_9;
    input [9:0] vector;
    reg [9:0] tmp;
  begin
    tmp = vector >> 9;
    readslicef_10_1_9 = tmp[0:0];
  end
  endfunction


  function [3:0] signext_4_1;
    input [0:0] vector;
  begin
    signext_4_1= {{3{vector[0]}}, vector};
  end
  endfunction


  function [9:0] MUX_v_10_2_2;
    input [19:0] inputs;
    input [0:0] sel;
    reg [9:0] result;
  begin
    case (sel)
      1'b0 : begin
        result = inputs[19:10];
      end
      1'b1 : begin
        result = inputs[9:0];
      end
      default : begin
        result = inputs[19:10];
      end
    endcase
    MUX_v_10_2_2 = result;
  end
  endfunction


  function [0:0] MUX_s_1_2_2;
    input [1:0] inputs;
    input [0:0] sel;
    reg [0:0] result;
  begin
    case (sel)
      1'b0 : begin
        result = inputs[1:1];
      end
      1'b1 : begin
        result = inputs[0:0];
      end
      default : begin
        result = inputs[1:1];
      end
    endcase
    MUX_s_1_2_2 = result;
  end
  endfunction


  function [3:0] readslicef_5_4_1;
    input [4:0] vector;
    reg [4:0] tmp;
  begin
    tmp = vector >> 1;
    readslicef_5_4_1 = tmp[3:0];
  end
  endfunction


  function [0:0] readslicef_2_1_1;
    input [1:0] vector;
    reg [1:0] tmp;
  begin
    tmp = vector >> 1;
    readslicef_2_1_1 = tmp[0:0];
  end
  endfunction


  function [5:0] readslicef_7_6_1;
    input [6:0] vector;
    reg [6:0] tmp;
  begin
    tmp = vector >> 1;
    readslicef_7_6_1 = tmp[5:0];
  end
  endfunction


  function [29:0] MUX_v_30_2_2;
    input [59:0] inputs;
    input [0:0] sel;
    reg [29:0] result;
  begin
    case (sel)
      1'b0 : begin
        result = inputs[59:30];
      end
      1'b1 : begin
        result = inputs[29:0];
      end
      default : begin
        result = inputs[59:30];
      end
    endcase
    MUX_v_30_2_2 = result;
  end
  endfunction


  function [3:0] signext_4_3;
    input [2:0] vector;
  begin
    signext_4_3= {{1{vector[2]}}, vector};
  end
  endfunction


  function [9:0] signext_10_9;
    input [8:0] vector;
  begin
    signext_10_9= {{1{vector[8]}}, vector};
  end
  endfunction


  function [3:0] MUX1HOT_v_4_3_2;
    input [11:0] inputs;
    input [2:0] sel;
    reg [3:0] result;
    integer i;
  begin
    result = inputs[0+:4] & {4{sel[0]}};
    for( i = 1; i < 3; i = i + 1 )
      result = result | (inputs[i*4+:4] & {4{sel[i]}});
    MUX1HOT_v_4_3_2 = result;
  end
  endfunction


  function [4:0] readslicef_6_5_1;
    input [5:0] vector;
    reg [5:0] tmp;
  begin
    tmp = vector >> 1;
    readslicef_6_5_1 = tmp[4:0];
  end
  endfunction


  function  [4:0] conv_s2u_4_5 ;
    input signed [3:0]  vector ;
  begin
    conv_s2u_4_5 = {vector[3], vector};
  end
  endfunction


  function signed [5:0] conv_s2s_5_6 ;
    input signed [4:0]  vector ;
  begin
    conv_s2s_5_6 = {vector[4], vector};
  end
  endfunction


  function  [3:0] conv_s2u_3_4 ;
    input signed [2:0]  vector ;
  begin
    conv_s2u_3_4 = {vector[2], vector};
  end
  endfunction


  function signed [3:0] conv_u2s_3_4 ;
    input [2:0]  vector ;
  begin
    conv_u2s_3_4 = {1'b0, vector};
  end
  endfunction


  function  [2:0] conv_u2u_2_3 ;
    input [1:0]  vector ;
  begin
    conv_u2u_2_3 = {1'b0, vector};
  end
  endfunction


  function signed [3:0] conv_s2s_3_4 ;
    input signed [2:0]  vector ;
  begin
    conv_s2s_3_4 = {vector[2], vector};
  end
  endfunction


  function  [7:0] conv_u2u_7_8 ;
    input [6:0]  vector ;
  begin
    conv_u2u_7_8 = {1'b0, vector};
  end
  endfunction


  function signed [11:0] conv_u2s_11_12 ;
    input [10:0]  vector ;
  begin
    conv_u2s_11_12 = {1'b0, vector};
  end
  endfunction


  function  [3:0] conv_s2u_1_4 ;
    input signed [0:0]  vector ;
  begin
    conv_s2u_1_4 = {{3{vector[0]}}, vector};
  end
  endfunction


  function  [4:0] conv_s2u_3_5 ;
    input signed [2:0]  vector ;
  begin
    conv_s2u_3_5 = {{2{vector[2]}}, vector};
  end
  endfunction


  function signed [4:0] conv_u2s_4_5 ;
    input [3:0]  vector ;
  begin
    conv_u2s_4_5 = {1'b0, vector};
  end
  endfunction


  function  [4:0] conv_u2u_4_5 ;
    input [3:0]  vector ;
  begin
    conv_u2u_4_5 = {1'b0, vector};
  end
  endfunction


  function signed [5:0] conv_u2s_5_6 ;
    input [4:0]  vector ;
  begin
    conv_u2s_5_6 = {1'b0, vector};
  end
  endfunction


  function  [1:0] conv_u2u_1_2 ;
    input [0:0]  vector ;
  begin
    conv_u2u_1_2 = {1'b0, vector};
  end
  endfunction


  function signed [6:0] conv_u2s_6_7 ;
    input [5:0]  vector ;
  begin
    conv_u2s_6_7 = {1'b0, vector};
  end
  endfunction


  function signed [6:0] conv_s2s_6_7 ;
    input signed [5:0]  vector ;
  begin
    conv_s2s_6_7 = {vector[5], vector};
  end
  endfunction


  function signed [10:0] conv_u2s_10_11 ;
    input [9:0]  vector ;
  begin
    conv_u2s_10_11 = {1'b0, vector};
  end
  endfunction

endmodule

// ------------------------------------------------------------------
//  Design Unit:    gauss_blur
//  Generated from file(s):
//    2) $PROJECT_HOME/../gauss_blur_source/gauss_blur.c
// ------------------------------------------------------------------


module gauss_blur (
  vin, vout_rsc_z, vga_xy, volume_rsc_z, clk, en, arst_n
);
  input [89:0] vin;
  output [29:0] vout_rsc_z;
  input [19:0] vga_xy;
  output [3:0] volume_rsc_z;
  input clk;
  input en;
  input arst_n;


  // Interconnect Declarations
  wire [29:0] vout_rsc_mgc_out_stdreg_d;
  wire [3:0] volume_rsc_mgc_out_stdreg_d;


  // Interconnect Declarations for Component Instantiations 
  mgc_out_stdreg #(.rscid(2),
  .width(30)) vout_rsc_mgc_out_stdreg (
      .d(vout_rsc_mgc_out_stdreg_d),
      .z(vout_rsc_z)
    );
  mgc_out_stdreg #(.rscid(4),
  .width(4)) volume_rsc_mgc_out_stdreg (
      .d(volume_rsc_mgc_out_stdreg_d),
      .z(volume_rsc_z)
    );
  gauss_blur_core gauss_blur_core_inst (
      .vin(vin),
      .vga_xy(vga_xy),
      .clk(clk),
      .en(en),
      .arst_n(arst_n),
      .vout_rsc_mgc_out_stdreg_d(vout_rsc_mgc_out_stdreg_d),
      .volume_rsc_mgc_out_stdreg_d(volume_rsc_mgc_out_stdreg_d)
    );
endmodule